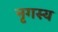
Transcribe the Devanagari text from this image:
नृगस्य